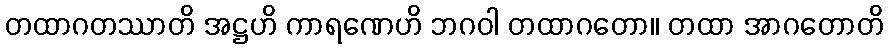
တထာဂတဿာတိ အဋ္ဌဟိ ကာရဏေဟိ ဘဂဝါ တထာဂတော။ တထာ အာဂတောတိ